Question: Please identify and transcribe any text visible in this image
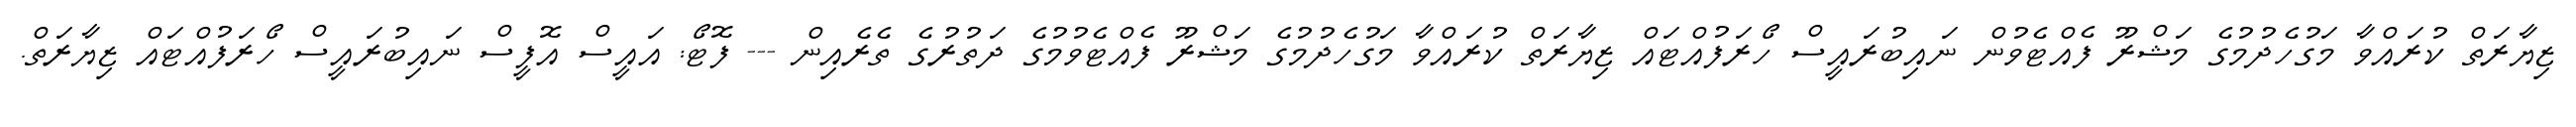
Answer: ޒިޔާރަތް ކުރައްވާ މަގުހެދުމުގެ މަޝްރޫ ފެއްޓެވުން ނައިބުރައީސް ހޯރަފުއްޓައް ޒިޔާރަތް ކުރައްވާ މަގުހެދުމުގެ މަޝްރޫ ފެއްޓެވުމުގެ ދަތުރުގެ ތެރެއިން --- ފޮޓޯ: އައީސް އޮފީސް ނައިބުރައީސް ހޯރަފުއްޓައް ޒިޔާރަތް.